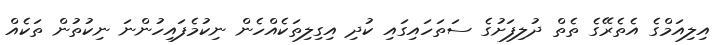
އިލިއަމްގެ އެެތެރޭގެ ތެތް ދުލިފަށުގެ ސަތަހައިގައި ކުދި އިގިލިތަކެއްހެން ނިކުމެފައިހުންނަ ނިކުތުން ތަކެއް